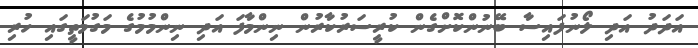
އަދަދު އަދި ލޯނުފައިސާ ބޭނުންކޮށްގެން ކުރީސަރުކާރުން ނިންމާފަ އަދި ނިންމުމުގެ މަގުމަތީގައި ހުރި